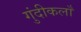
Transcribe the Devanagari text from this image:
गुंदीकलाँ